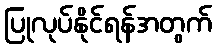
ပြုလုပ်နိုင်ရန်အတွက်